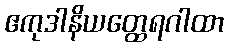
ဧကုဒါနိယတ္ထေရဂါထာ